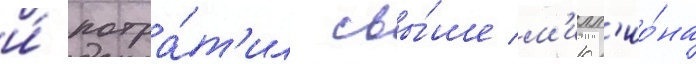
и́ потра́т'ил свы́ше м'илл'ио́на